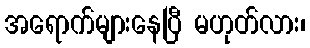
အရောက်များနေပြီ မဟုတ်လား၊